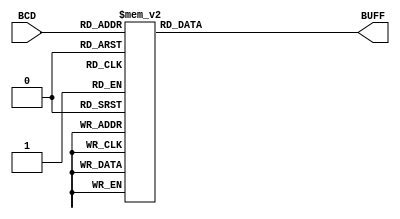
module WT_DECODER(BCD,BUFF);

input [3:0]BCD;
output [7:0]BUFF;

reg[7:0]BUFF;

always @(BCD)
begin 
	 case(BCD)
		4'b0000: BUFF =8'b00110000;
		4'b0001: BUFF =8'b00110001;
		4'b0010: BUFF =8'b00110010;
		4'b0011: BUFF =8'b00110011;
		4'b0100: BUFF =8'b00110100;
		4'b0101: BUFF =8'b00110101;
		4'b0110: BUFF =8'b00110110;
		4'b0111: BUFF =8'b00110111;
		4'b1000: BUFF =8'b00111000;
		4'b1001: BUFF =8'b00111001;
		
		4'b1011: BUFF =8'b01000111;         //11 G
		4'b1100: BUFF =8'b01001111;       // 12 O
		4'b1101: BUFF =8'b00111010;       // 13 :
		4'b1110: BUFF =8'b00100000;       // 14
		
		default: BUFF =8'b00100000;		//10
		endcase
	end

endmodule